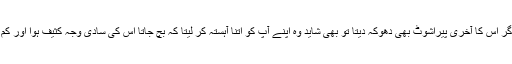
یہاں تک کہ اگر اس کا آخری پیراشوٹ بھی دھوکہ دیتا تو بھی شاید وہ اپنے آپ کو اتنا آہستہ کر لیتا کہ بچ جاتا اس کی سادی وجہ کثیف ہوا اور کم قوّت ثقل ہے۔